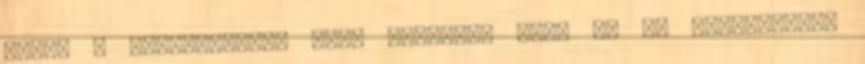
Azaz, a bemutatkozás első fázisát, akár ki is hagyhatnám,